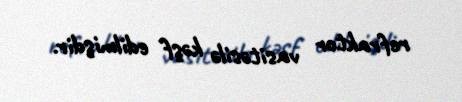
refraktor vasitəsilə kəşf edilmişdir.